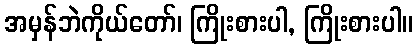
အမှန်ဘဲကိုယ်တော်၊ ကြိုးစားပါ, ကြိုးစားပါ။